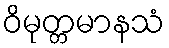
ဝိမုတ္တမာနသံ